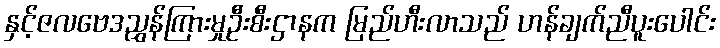
နှင့်ဇလဗေဒညွှန်ကြားမှုဦးစီးဌာနက မြည်ဟီးလာသည် ဟန်ချက်ညီပူးပေါင်း